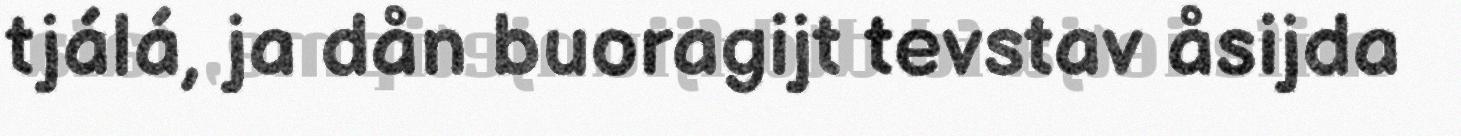
tjálá, ja dån buoragijt tevstav åsijda